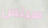
سبنس